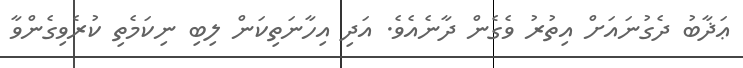
ޢަޛާބު ދެގުނައަށް އިތުރު ވެގެން ދާނެއެވެ. އަދި އިހާނަތިކަން ލިބި ނިކަމެތި ކުރެވިގެންވާ